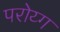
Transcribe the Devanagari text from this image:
परोय्ग